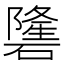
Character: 䃧